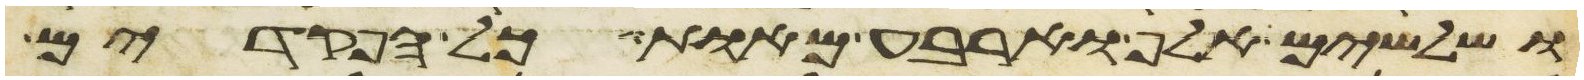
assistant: ושלשים אלף וארבע מאות כל הפקדים